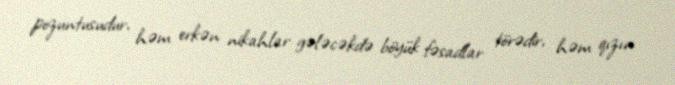
pozuntusudur, həm erkən nikahlar gələcəkdə böyük fəsadlar törədir, həm qızın